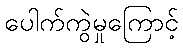
ပေါက်ကွဲမှုကြောင့်